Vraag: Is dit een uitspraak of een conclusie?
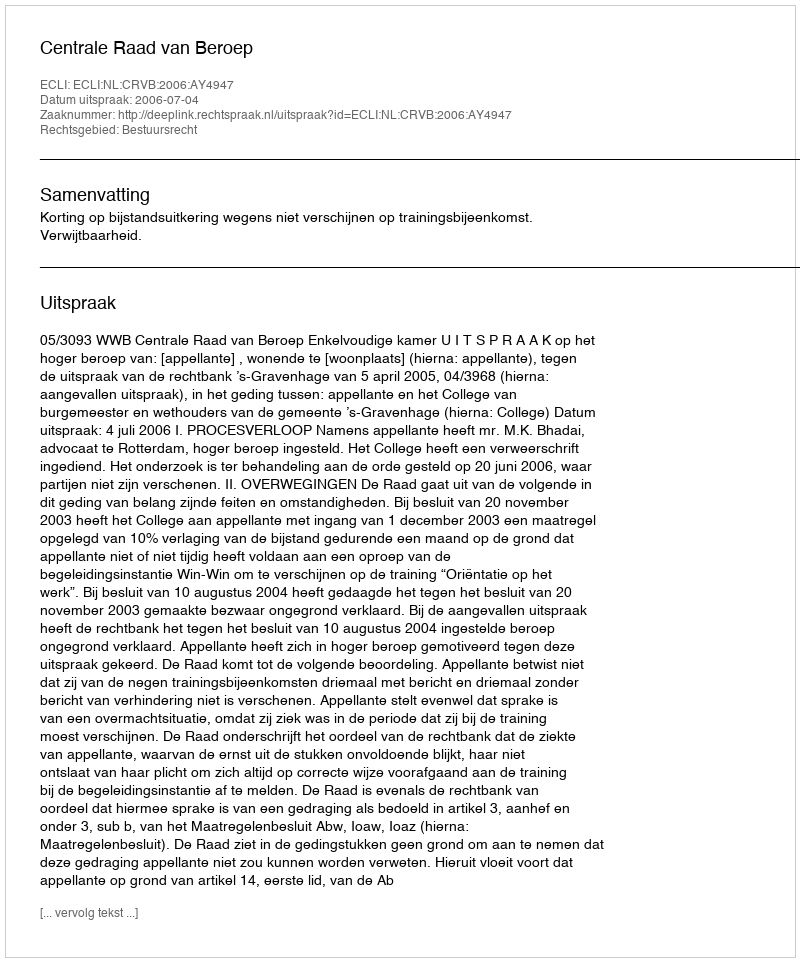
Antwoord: Uitspraak